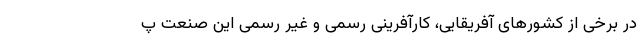
در برخی از کشورهای آفریقایی، کارآفرینی رسمی و غیر رسمی این صنعت پ